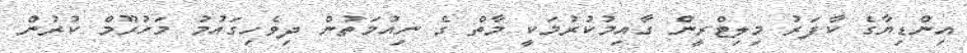
އިންޑިޔާގެ ކާފަރު މިލިޓްރީން ގާއިމުކުރުމަކީ މާތް ގެ ނިއުމަތުން ދިވެހިގައުމު މަހުރޫމް ކުރުން